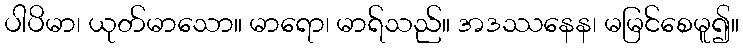
ပါပိမာ၊ ယုတ်မာသော။ မာရော၊ မာရ်သည်။ အဒဿနေန၊ မမြင်စေမူ၍။